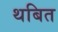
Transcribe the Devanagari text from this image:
थबित